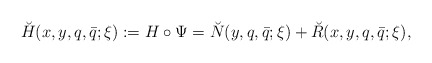
\begin{align*}\breve H(x,y,q,\bar q;\xi):=H\circ\Psi=\breve N(y,q,\bar q;\xi)+ \breve R(x,y,q,\bar q;\xi),\end{align*}